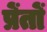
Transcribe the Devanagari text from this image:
प्रेंतों